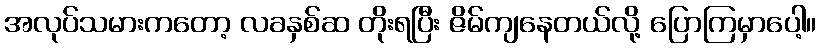
အလုပ်သမားကတော့ လခနှစ်ဆ တိုးရပြီး ဇိမ်ကျနေတယ်လို့ ပြောကြမှာပေါ့။